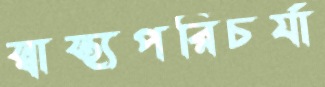
স্বাস্থ্যপরিচর্যা